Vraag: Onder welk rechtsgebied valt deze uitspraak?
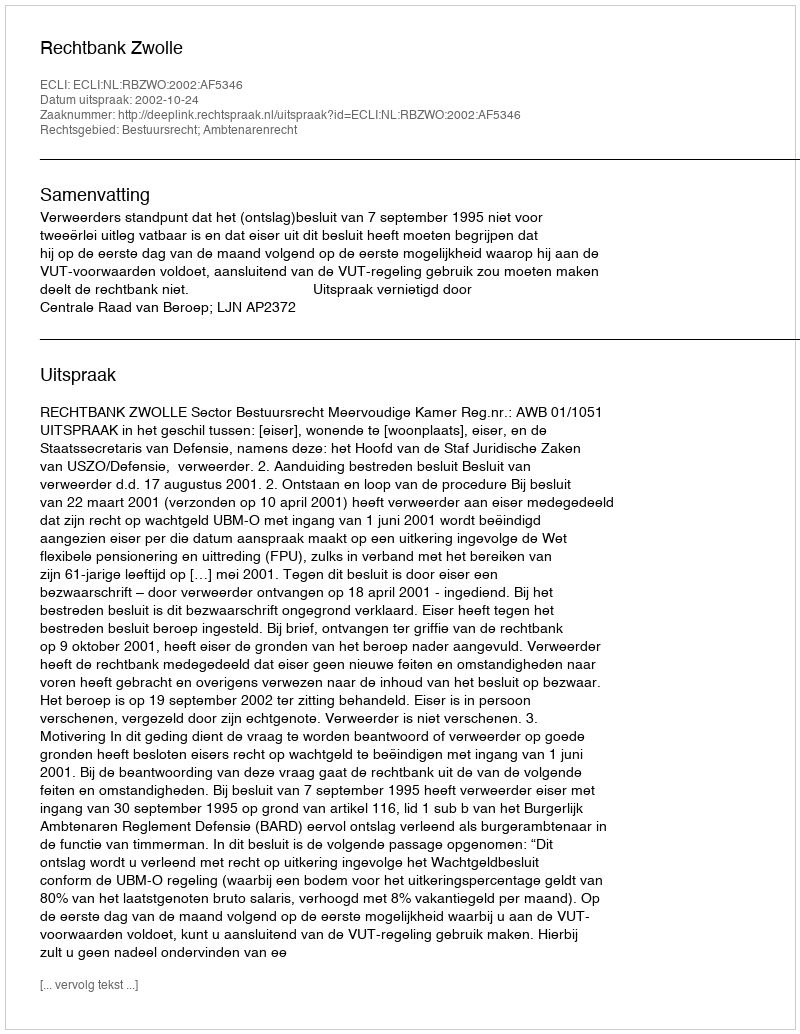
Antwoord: Bestuursrecht; Ambtenarenrecht